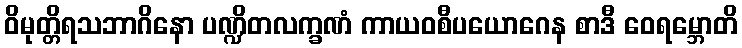
ဝိမုတ္တိရသဘာဂိနော ပဏ္ဍိတလက္ခဏံ ကာယဝစီပယောဂေန စာဒီ ဝေရမ္ဘောတိ